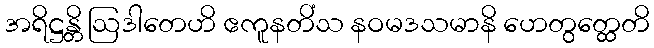
အရိဋ္ဌန္တိ ဩဒါတေဟိ ဧကူနတိံသ နဝမဒသမာနိ ဟေတွတ္ထေတိ